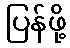
ပြန်ဖို့